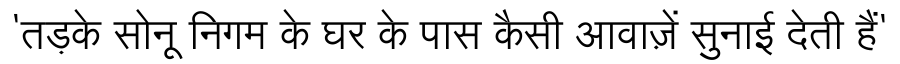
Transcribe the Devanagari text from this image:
'तड़के सोनू निगम के घर के पास कैसी आवाज़ें सुनाई देती हैं'